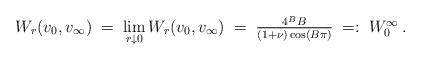
LaTeX: \begin{align*} W_r(v_0,v_\infty)\;&=\;\lim_{r\downarrow 0}W_r(v_0,v_\infty)\;=\; \textstyle{\frac{4^B B}{(1+\nu)\cos(B \pi)}} \;=:\;W_0^\infty\,.\end{align*}